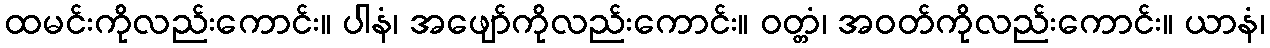
ထမင်းကိုလည်းကောင်း။ ပါနံ၊ အဖျော်ကိုလည်းကောင်း။ ဝတ္တံ၊ အဝတ်ကိုလည်းကောင်း။ ယာနံ၊